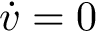
\dot { v } = 0